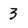
Character: 3